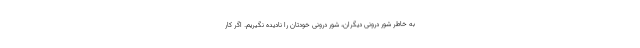
به خاطر شور درونی دیگران، شور درونی خودتان را نادیده نگیریم. اگر کار